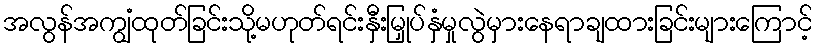
အလွန်အကျွံထုတ်ခြင်းသို့မဟုတ်ရင်းနှီးမြှုပ်နှံမှုလွဲမှားနေရာချထားခြင်းများကြောင့်